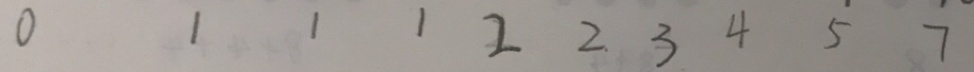
0 1 1 1 2 2 3 4 5 7